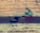
هي